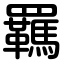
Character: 羈